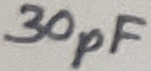
Text: 30pF